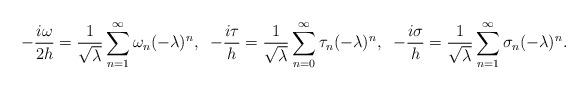
LaTeX: \begin{gather*}-\frac{i\omega}{2h} = \frac{1}{\sqrt{\lambda}} \sum_{n=1}^{\infty} \omega_n (-\lambda)^n,\;\; -\frac{i\tau}{h} = \frac{1}{\sqrt{\lambda}}\sum_{n=0}^{\infty} \tau_n (-\lambda)^n, \;\;-\frac{i\sigma}{h} = \frac{1}{\sqrt{\lambda}}\sum_{n=1}^{\infty} \sigma_n (-\lambda)^n.\end{gather*}